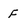
Character: F